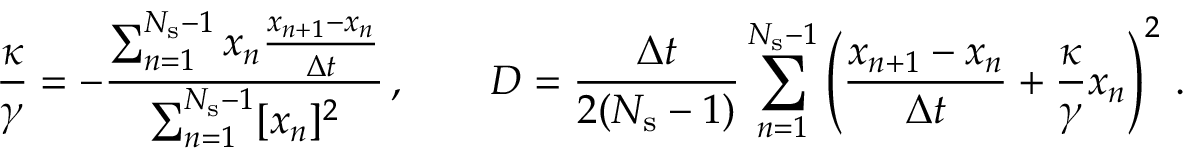
\frac { \kappa } { \gamma } = - \frac { \sum _ { n = 1 } ^ { N _ { \mathrm { s } } - 1 } x _ { n } \frac { x _ { n + 1 } - x _ { n } } { \Delta t } } { \sum _ { n = 1 } ^ { N _ { \mathrm { s } } - 1 } [ x _ { n } ] ^ { 2 } } \, , \quad \quad D = \frac { \Delta t } { 2 ( N _ { \mathrm { s } } - 1 ) } \sum _ { n = 1 } ^ { N _ { \mathrm { s } } - 1 } \left( \frac { x _ { n + 1 } - { x _ { n } } } { \Delta t } + \frac { \kappa } { \gamma } x _ { n } \right) ^ { 2 } \, .